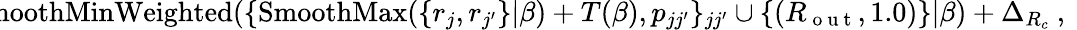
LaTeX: \! \! \! \! \! \! \! \! \! \! \! \! \! \! \! \! \! \! \! \! \! \! \! \! \! \! {R_{\mathrm{~i~n~}}}=\operatorname{SmoothMinWeighted}(\{ \operatorname{SmoothMax}(\{ r_{j},r_{j^{\prime}}\} |\beta)+T(\beta),p_{jj^{\prime}}\} _{jj^{\prime}}\cup\{ ({R_{\mathrm{~o~u~t~}}},1.0)\} |\beta)+\Delta_{R_{c}}\mathrm{~,~}